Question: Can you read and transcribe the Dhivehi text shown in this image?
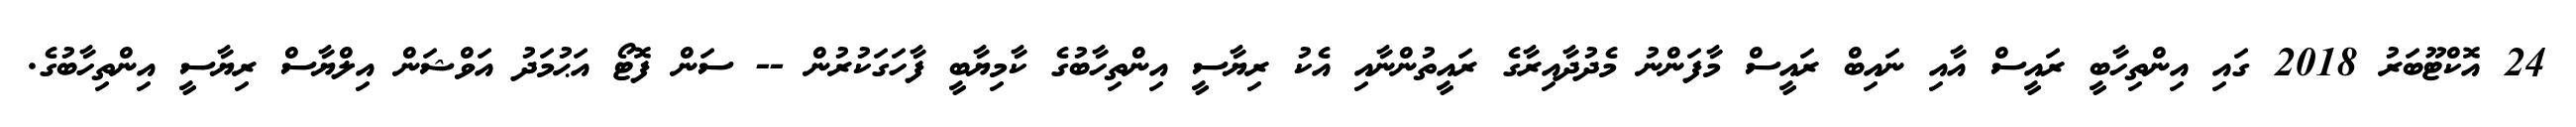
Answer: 24 އޮކްޓޫބަރު 2018 ގައި އިންތިހާބީ ރައީސް އާއި ނައިބް ރައީސް މާފަންނު މެދުދާއިރާގެ ރައީތުންނާއި އެކު ރިޔާސީ އިންތިހާބުގެ ކާމިޔާބީ ފާހަގަކުރުން -- ސަން ފޮޓޯ އަޙުމަދު އަވްޝަން އިލްޔާސް ރިޔާސީ އިންތިހާބުގެ.